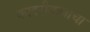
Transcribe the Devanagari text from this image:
कादरीबाबाचा